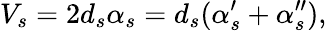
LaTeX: V_{s}=2d_{s}\alpha_{s}=d_{s}(\alpha_{s}^{\prime}+\alpha_{s}^{\prime\prime}),